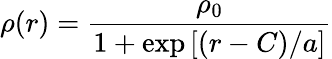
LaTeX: \rho(r)=\frac{\rho_{0}}{1+\exp{[(r-C)/a]}}